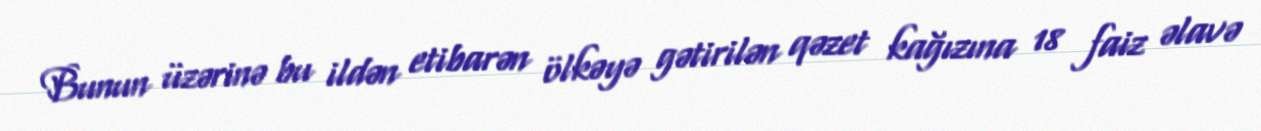
Bunun üzərinə bu ildən etibarən ölkəyə gətirilən qəzet kağızına 18 faiz əlavə